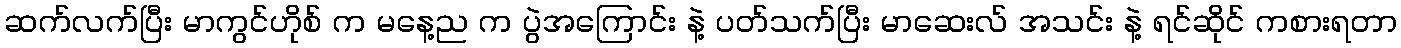
ဆက်လက်ပြီး မာကွင်ဟိုစ် က မနေ့ည က ပွဲအကြောင်း နဲ့ ပတ်သက်ပြီး မာဆေးလ် အသင်း နဲ့ ရင်ဆိုင် ကစားရတာ